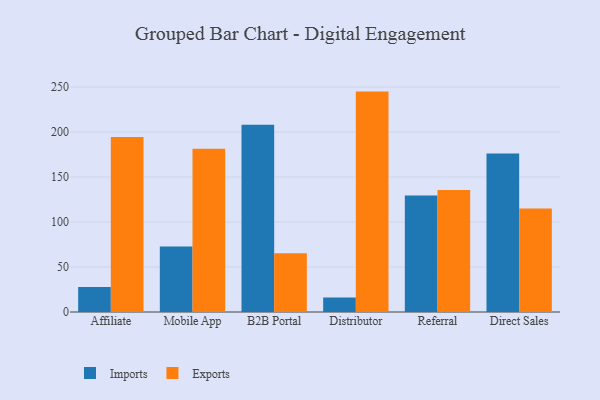
{"axis": {"x": "Channel", "y": "Shipments"}, "legend": ["Exports", "Imports"], "data": [{"x": "Affiliate", "y": 27.9, "type": "Imports"}, {"x": "Affiliate", "y": 194.4, "type": "Exports"}, {"x": "Mobile App", "y": 72.7, "type": "Imports"}, {"x": "Mobile App", "y": 181.3, "type": "Exports"}, {"x": "B2B Portal", "y": 208.2, "type": "Imports"}, {"x": "B2B Portal", "y": 65.4, "type": "Exports"}, {"x": "Distributor", "y": 16.2, "type": "Imports"}, {"x": "Distributor", "y": 244.9, "type": "Exports"}, {"x": "Referral", "y": 129.5, "type": "Imports"}, {"x": "Referral", "y": 135.7, "type": "Exports"}, {"x": "Direct Sales", "y": 176.2, "type": "Imports"}, {"x": "Direct Sales", "y": 115.0, "type": "Exports"}]}